Civil Veterinary Department Bihar reports 1940-50 - 1940-1950
Year: 1940
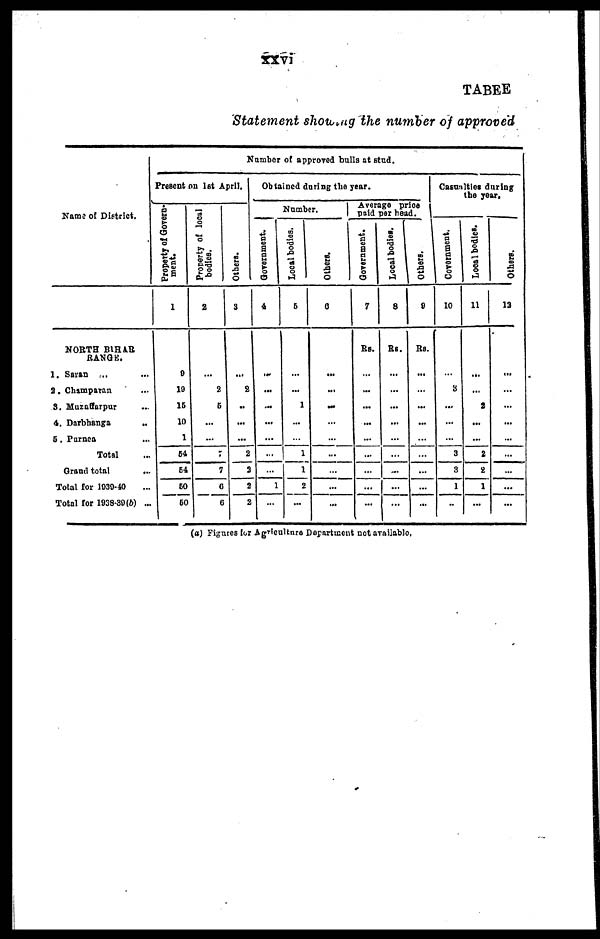
xxvi
TABLE
Statement showing the number of approved
Name of District.
NORTH BlHAR
RANGE.
1. Saran ... ...
2. Champaran ...
3. Mutaffarpur ...
4. Darbhanga
...
5. Purnea ...
Total
Grand total
...
Total for 1030-40
Total for 1938-39 (b) ...
Number of approved bulls at stud.
Present on lst April,
Property of Govern-
ment.
1
9
10
15
10
1
64
54
60
60
Property of local
bodies.
2
...
2
5
...
...
7
7
6
6
Others.
3
...
2
..
...
...
2
3
2
2
Obtained during the year.
N
Government.
4
...
...
...
...
...
...
...
1
...
Local bodies.
5
...
...
1
...
...
1
1
2
...
Others.
6
...
...
...
...
...
...
...
...
...
Average price
paid per head.
Government.
7
Rs.
...
...
...
...
...
...
...
...
...
Local bodies.
8
Rs.
...
...
...
...
...
...
...
...
...
Others.
9
Rs.
...
...
...
...
...
...
...
...
...
Casualties during
the year.
Government.
10
...
3
...
...
...
3
3
1
....
Local bodies.
11
...
...
2
...
...
2
2
1
...
Others.
13
...
...
...
...
...
...
...
...
...
(a) Figures for Agriculture Department not available,